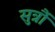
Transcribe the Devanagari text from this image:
सुत्रौं